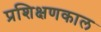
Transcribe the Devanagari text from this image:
प्रशिक्षणकाल